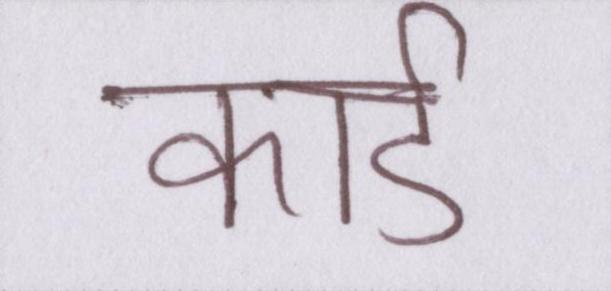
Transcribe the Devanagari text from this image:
कार्ड